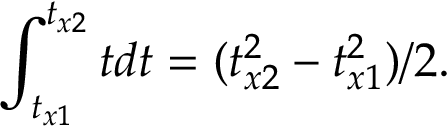
\int _ { t _ { x 1 } } ^ { t _ { x 2 } } t d t = ( t _ { x 2 } ^ { 2 } - t _ { x 1 } ^ { 2 } ) / 2 .